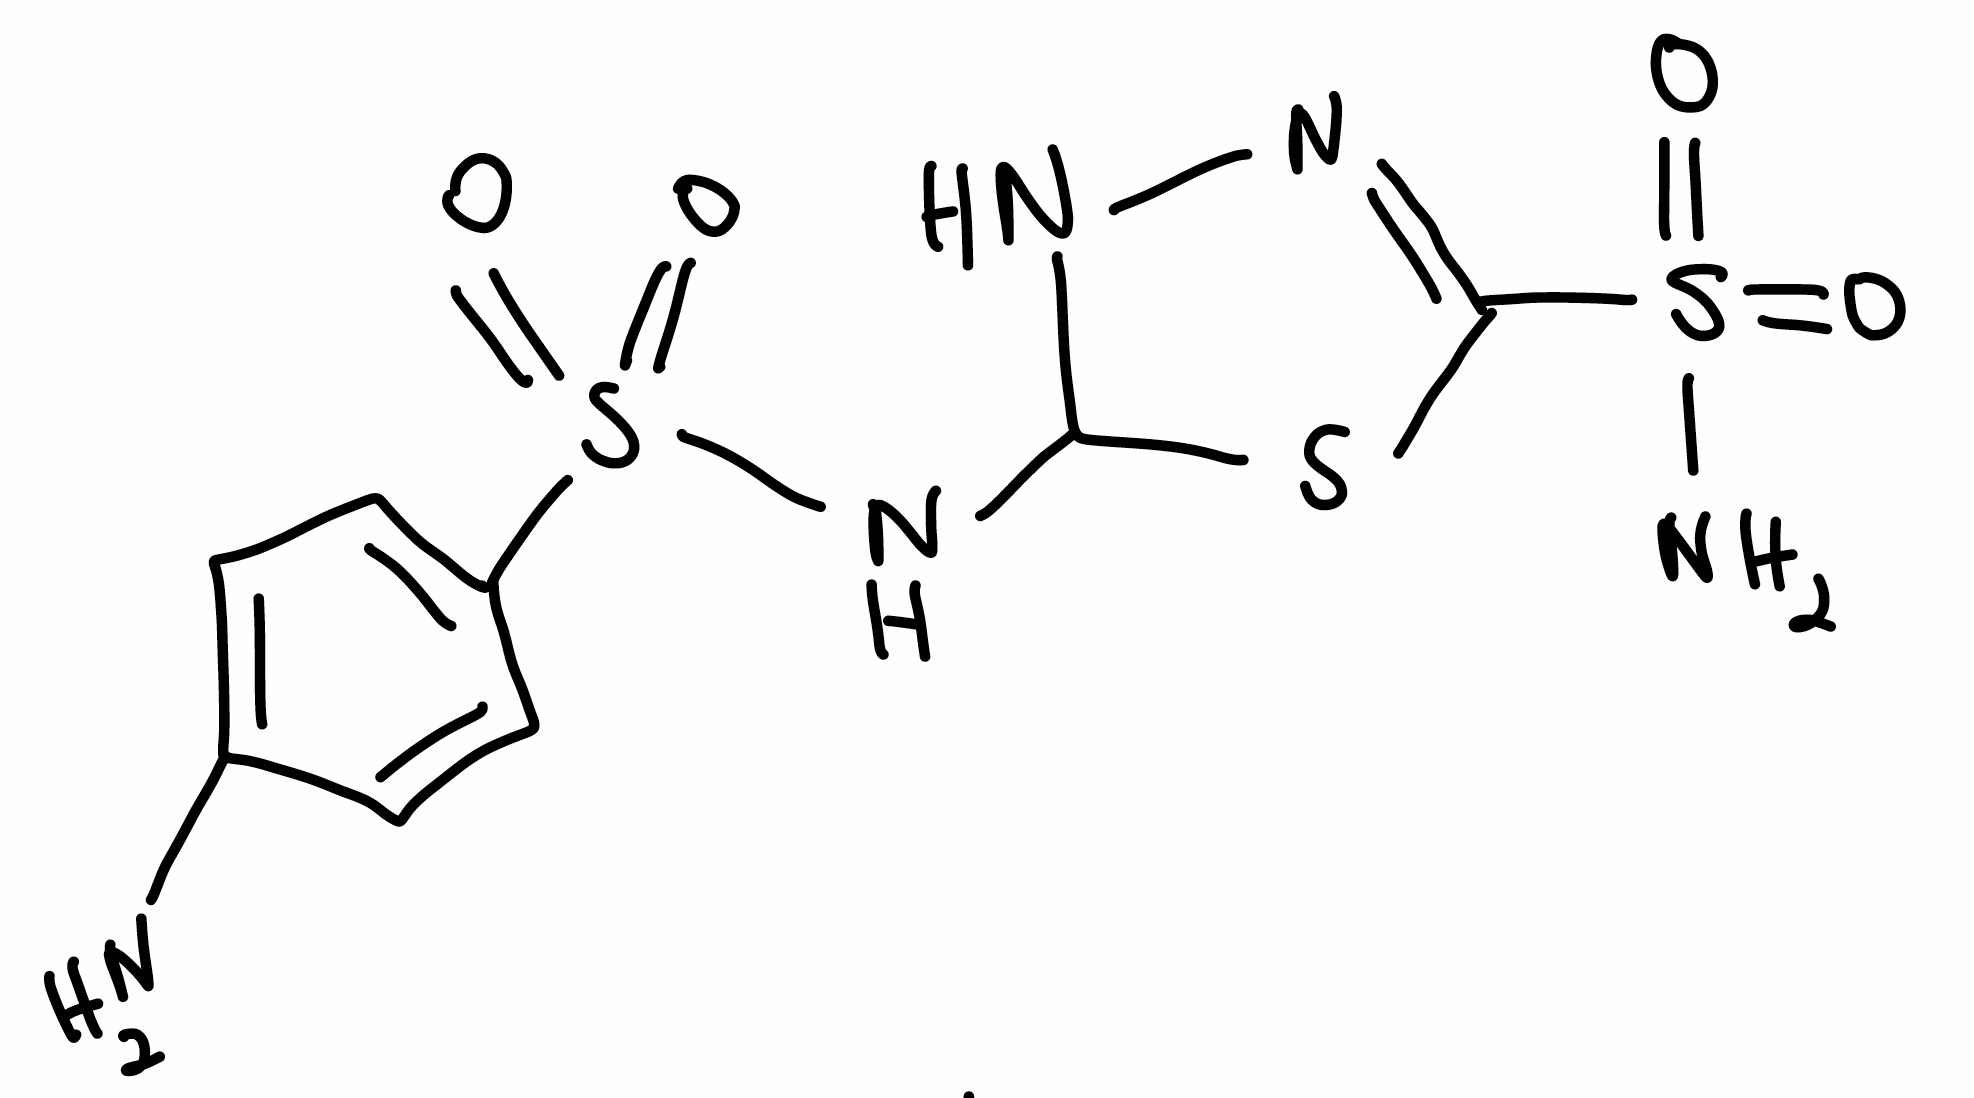
Simplified molecular-input line-entry system (SMILES) notation of the given molecule:
C1=CC(=CC=C1N)S(=O)(=O)NC2NN=C(S2)S(=O)(=O)N